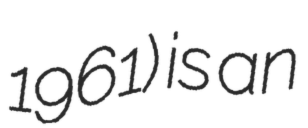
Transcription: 1961) is an